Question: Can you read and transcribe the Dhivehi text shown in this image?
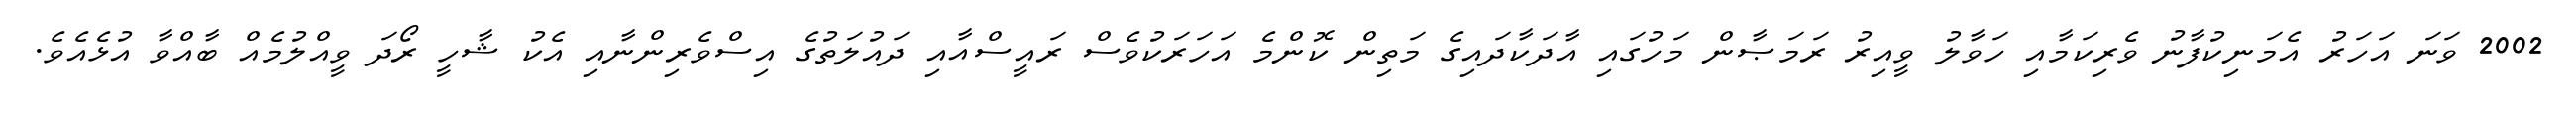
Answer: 2002 ވަނަ އަހަރު އެމަނިކުފާނު ވެރިކަމާއި ހަވާލު ވީއިރު ރަމަޞާން މަހުގައި އާދަކާދައިގެ މަތިން ކޮންމެ އަހަރަކުވެސް ރައީސްއާއި ދައުލަތުގެ އިސްވެރިންނާއި އެކު ޝާހީ ރޯދަ ވީއްލުމެއް ބާއްވާ އުޅެއެވެ.